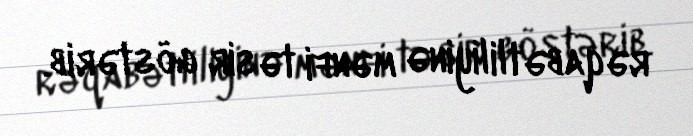
rəqabətliliyinə mənfi təsir göstərib.